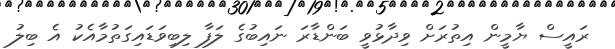
ރައީސް ޔާމީން އިތުރަށް ވިދާޅުވީ ބަންޑާރަ ނައިބުގެ ލަފާ ލިބިވަޑައިގަތުމާއެކު އެ ބިލު